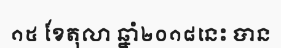
១៥ ខែតុលា ឆ្នាំ២០១៨នេះ បាន